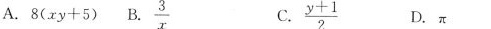
A.8(xy+5)B.3 $$\frac{3}{x}$$ C $$\frac{y+1}{2}$$ D.π